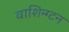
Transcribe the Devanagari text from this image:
वाशिन्ग्टन